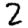
Digit: 2